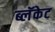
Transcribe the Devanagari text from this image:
ब्लॅकेट